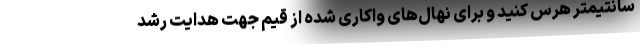
سانتیمتر هرس کنید و برای نهال‌های واکاری شده از قیم جهت هدایت رشد